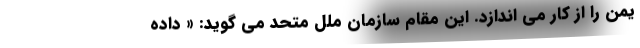
یمن را از کار می اندازد. این مقام سازمان ملل متحد می گوید:‌ « داده